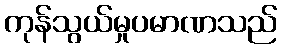
ကုန်သွယ်မှုပမာဏသည်